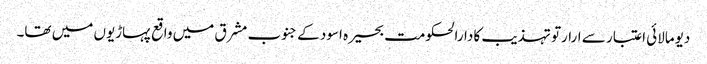
دیومالائی اعتبار سے ارارتو تہذیب کا دارالحکومت بحیرہ اسود کے جنوب مشرق میں واقع پہاڑیوں میں تھا۔